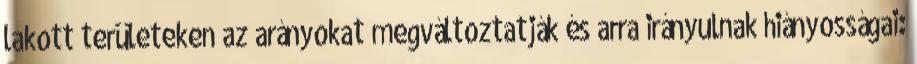
lakott területeken az arányokat megváltoztatják és arra irányulnak hiányosságai: